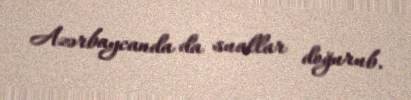
Azərbaycanda da suallar doğurub.